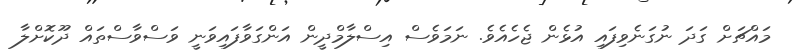
މައްޗަށް ގަދަ ނުގަނެވިފައި އުޅެން ޖެހެއެވެ. ނަމަވެސް އިސްލާމްދީން އަންގަވާފައިވަނީ ވަސްވާސްތައް ދޫކޮށްލާ